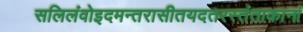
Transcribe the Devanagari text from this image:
सलिलंवोइदमन्तरासीतयदतरस्तंताकानां